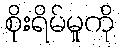
စိုးရိမ်မှုကို